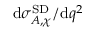
\mathrm { d } \sigma _ { A , \chi } ^ { \mathrm { S D } } / \mathrm { d } q ^ { 2 }